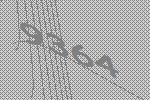
9364